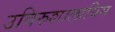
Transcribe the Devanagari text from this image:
उविरुशालायिम